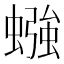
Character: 𫋙